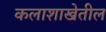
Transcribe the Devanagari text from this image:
कलाशाखेतील